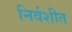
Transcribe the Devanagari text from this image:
निर्वशीत